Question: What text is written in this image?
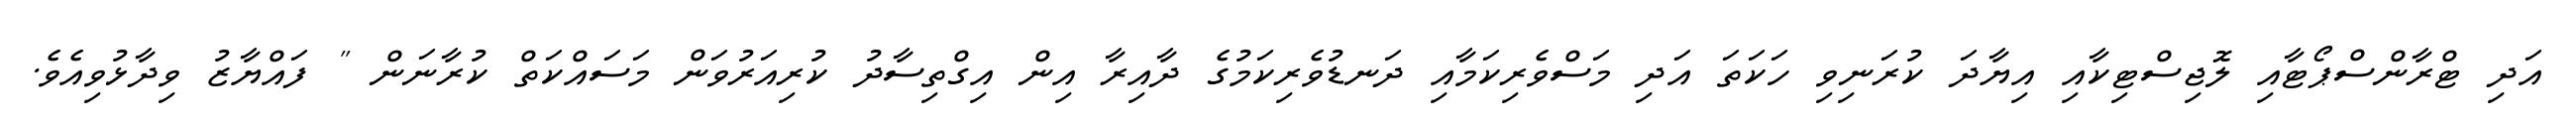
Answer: އަދި ޓްރާންސްޕޯޓާއި ލޮޖިސްޓިކާއި އިޔާދަ ކުރަނިވި ހަކަތަ އަދި މަސްވެރިކަމާއި ދަނޑުވެރިކަމުގެ ދާއިރާ އިން އިގްތިސާދު ކުރިއަރުވަން މަސައްކަތް ކުރާނަން " ފައްޔާޒު ވިދާޅުވިއެވެ.